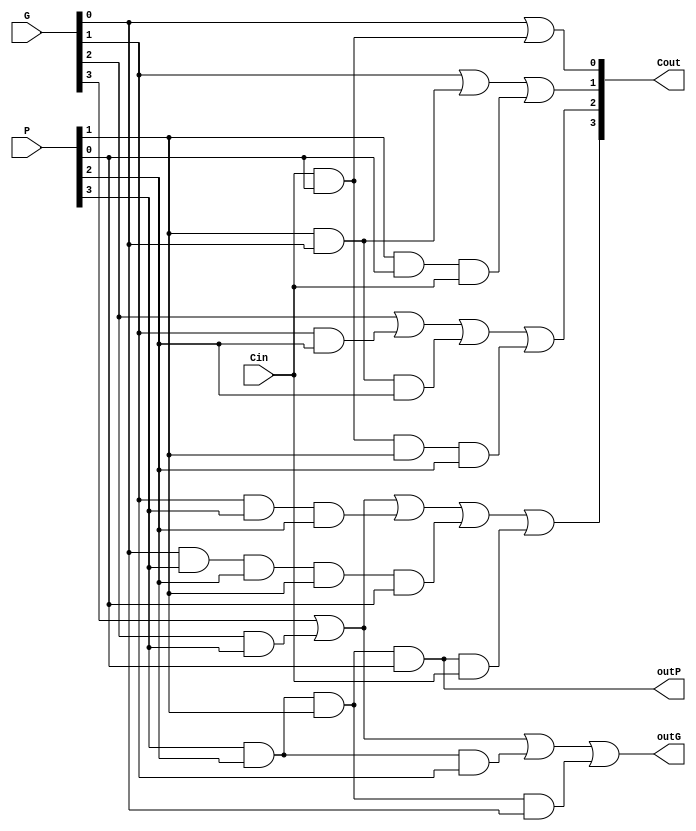
module cla4(G, P, Cin, Cout, outP, outG);

	input [3:0] G, P;
	input Cin;
	output [3:0] Cout;
	output outP, outG;

	//Carry Logic
	assign Cout[0] = G[0] | (P[0] & Cin);
	assign Cout[1] = G[1] | (P[1] & G[0]) | (P[1] & P[0] & Cin);
	assign Cout[2] = G[2] | (G[1] & P[2]) | (G[0] & P[1] & P[2]) | (Cin & P[0] & P[1] & P[2]);  
	assign Cout[3] = G[3] | (G[2] & P[3]) | (G[1] & P[3] & P[2]) | (G[0] & P[3] & P[2] & P[1] & P[0]) | (P[3] & P[2] & P[1] & P[0] & Cin); 
	
	assign outP = P[3] & P[2] & P[1] & P[0];
	assign outG = G[3] | (P[3] & G[2]) | (P[3] & P[2] & G[1]) | (P[3] & P[2] & P[1] & G[0]);

endmodule